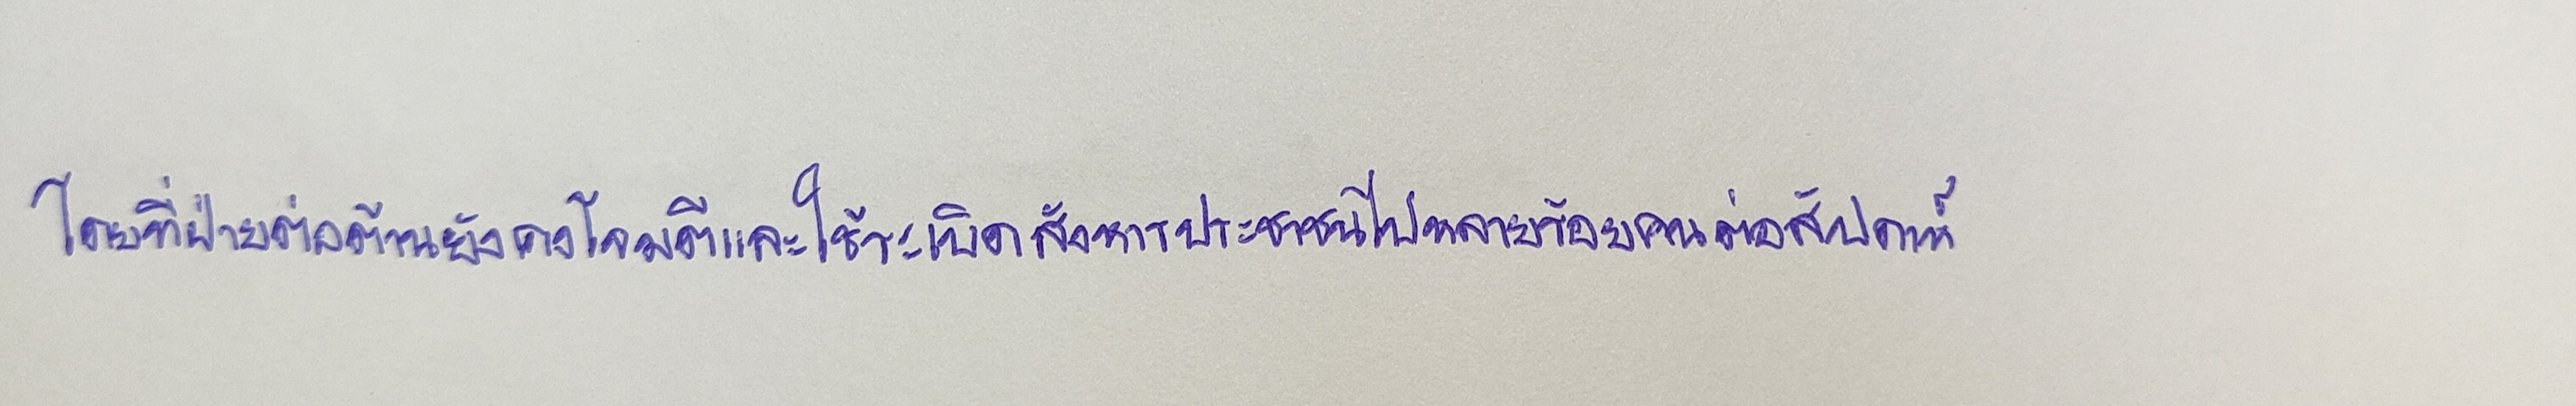
โดยที่ฝ่ายต่อต้านยังคงโจมตีและใช้ระเบิดสังหารประชาชนไปหลายร้อยคนต่อสัปดาห์